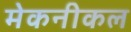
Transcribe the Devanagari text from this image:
मेकनीकल